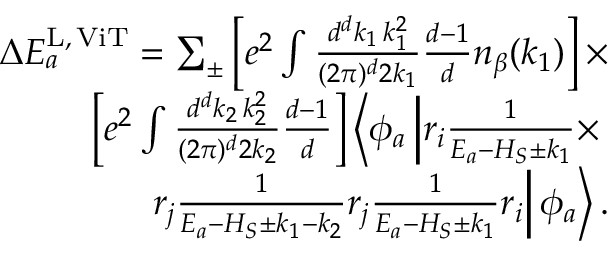
\begin{array} { r } { \Delta E _ { a } ^ { \mathrm { L , \, V i T } } = \sum _ { \pm } \left[ e ^ { 2 } \int \frac { d ^ { d } k _ { 1 } \, k _ { 1 } ^ { 2 } } { ( 2 \pi ) ^ { d } 2 k _ { 1 } } \frac { d - 1 } { d } n _ { \beta } ( k _ { 1 } ) \right] \times } \\ { \left[ e ^ { 2 } \int \frac { d ^ { d } k _ { 2 } \, k _ { 2 } ^ { 2 } } { ( 2 \pi ) ^ { d } 2 k _ { 2 } } \frac { d - 1 } { d } \right] \left\langle \phi _ { a } \left| r _ { i } \frac { 1 } { E _ { a } - H _ { S } \pm k _ { 1 } } \times \right. \right. } \\ { \left. \left. r _ { j } \frac { 1 } { E _ { a } - H _ { S } \pm k _ { 1 } - k _ { 2 } } r _ { j } \frac { 1 } { E _ { a } - H _ { S } \pm k _ { 1 } } r _ { i } \right| \phi _ { a } \right\rangle . } \end{array}